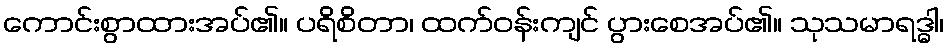
ကောင်းစွာထားအပ်၏။ ပရိစိတာ၊ ထက်ဝန်းကျင် ပွားစေအပ်၏။ သုသမာရဒ္ဓါ၊